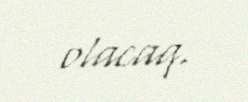
olacaq.